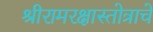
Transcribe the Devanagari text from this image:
श्रीरामरक्षास्तोत्राचे